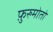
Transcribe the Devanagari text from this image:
फ़ुरुमोतो